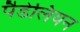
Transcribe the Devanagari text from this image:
पैडेलियन